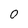
Character: 0